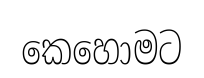
කෙහොමට